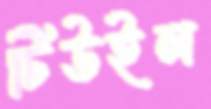
টিউইল